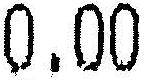
0.00